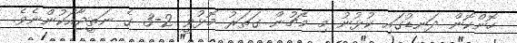
ހޮންކޮން ދަނޑުގައި ކުޅުނު މި މެޗުން ގަތަރު މޮޅުވީ 2-3 ގެ ނަތީޖާއަކުންނެވެ.